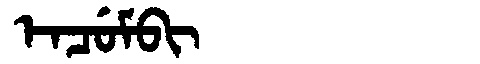
Manchu: ᡝᠨᠴᡠᠮᠪᡳ
Romanization: ENCUMBI